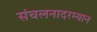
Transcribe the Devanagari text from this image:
संचलनादरम्यान